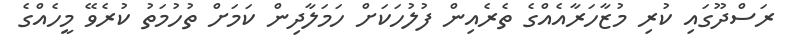
ރަސްދޫގައި ކުރި މުޒާހަރާއެއްގެ ތެރެއިން ފުލުހަކަށް ހަމަލާދިން ކަމަށް ތުހުމަތު ކުރެވޭ މީހެއްގެ